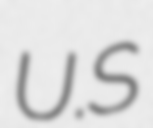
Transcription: U.S